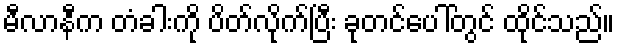
မီလာနီက တံခါးကို ပိတ်လိုက်ပြီး ခုတင်ပေါ်တွင် ထိုင်သည်။